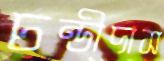
চন্ডীদাস